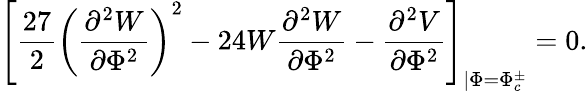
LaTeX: \left[\frac{27}{2}\left(\frac{\partial^{2}W}{\partial\Phi^{2}}\right)^{2}-24W\frac{\partial^{2}W}{\partial\Phi^{2}}-\frac{\partial^{2}V}{\partial\Phi^{2}}\right]_{\left|\Phi=\Phi_{c}^{\pm}\right.}=0.